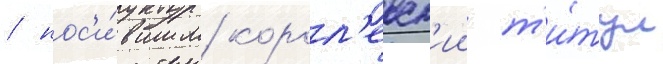
/ нос'и́вшим корол'евск'ии т'и́тул